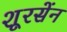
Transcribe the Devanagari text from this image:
शूरसेंन